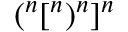
{ ( } ^ { n } { [ } ^ { n } { ) } ^ { n } { ] } ^ { n }